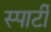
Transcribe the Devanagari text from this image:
स्पार्टी